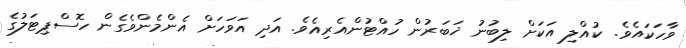
ވާހަކައެވެ. ކުއްލި އަކަށް ލިބުނު ޚަބަރުން ހުއްޓުންއެރިއެވެ. އަދި އަވަހަށް އެންމެންވެގެން ހޮސްޕިޓަލުގެ